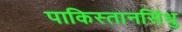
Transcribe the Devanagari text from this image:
पाकिस्तानसिंधु